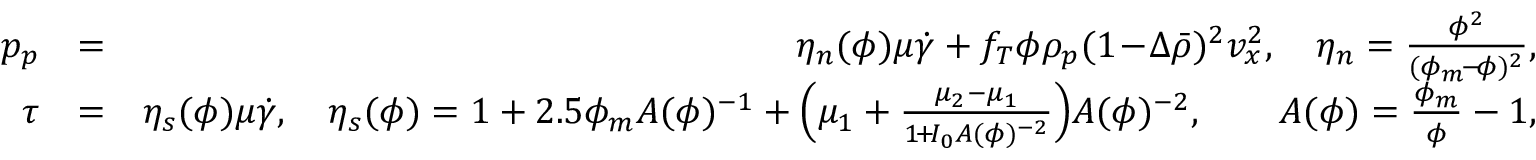
\begin{array} { r l r } { p _ { p } } & { = } & { \eta _ { n } ( \phi ) \mu \dot { \gamma } + f _ { T } \phi \rho _ { p } ( 1 \! - \! \Delta \bar { \rho } ) ^ { 2 } v _ { x } ^ { 2 } , \quad \eta _ { n } = \frac { \phi ^ { 2 } } { ( \phi _ { m } \! - \! \phi ) ^ { 2 } } , } \\ { \tau } & { = } & { \eta _ { s } ( \phi ) \mu \dot { \gamma } , \quad \eta _ { s } ( \phi ) = 1 + 2 . 5 \phi _ { m } { \cal A } ( \phi ) ^ { - 1 } + \Bigl ( \mu _ { 1 } + \frac { \mu _ { 2 } - \mu _ { 1 } } { 1 \! + \! I _ { 0 } { \cal A } ( \phi ) ^ { - 2 } } \Bigr ) { \cal A } ( \phi ) ^ { - 2 } , \qquad { \cal A } ( \phi ) = \frac { \phi _ { m } } { \phi } - 1 , } \end{array}